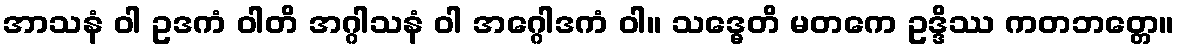
အာသနံ ဝါ ဥဒကံ ဝါတိ အဂ္ဂါသနံ ဝါ အဂ္ဂေါဒကံ ဝါ။ သဒ္ဓေတိ မတကေ ဥဒ္ဒိဿ ကတဘတ္တေ။